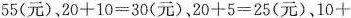
55(元)，$$2 0 + 1 0 = 3 0$$(元)，$$2 0 + 5 = 2 5$$(元)，$$1 0 +$$